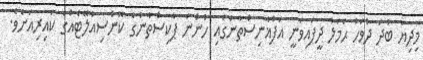
މިދިޔަ ބުދަ ދުވަހު ޙަމަލާ ދީފައިވަނީ އަފްޣާނިސްތާނުގައި ހުންނަ ޕާކިސްތާނުގެ ކޮންސިއުލޭޓެއްގެ ކައިރިއަށެވެ.